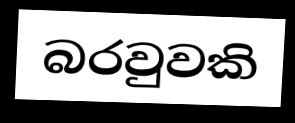
බරවුවකි